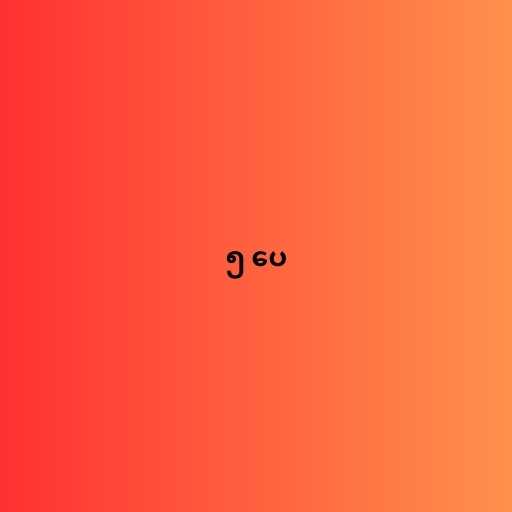
၅ ပေ